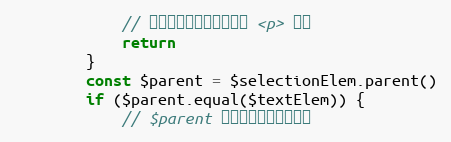
Language: JavaScript
            // 证明是顶级标签，没有被 <p> 包裹
            return
        }
        const $parent = $selectionElem.parent()
        if ($parent.equal($textElem)) {
            // $parent 是顶级标签，不能删除